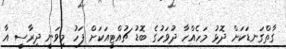
ގާތްގަނޑަކަށް ދޮޅު މަހެއްހާ ދުވަހުގެ ބޮޑު ޗުއްޓީއަކަށް ފަހު މިވަނީ ދިރާސީ އާ